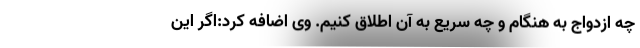
چه ازدواج به هنگام و چه سریع به آن اطلاق کنیم. وی اضافه کرد:اگر این